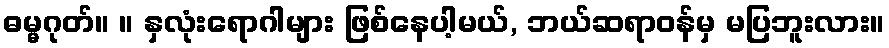
ဓမ္မဂုတ်။ ။ နှလုံးရောဂါများ ဖြစ်နေပါ့မယ်, ဘယ်ဆရာဝန်မှ မပြဘူးလား။